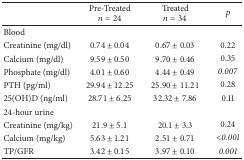
|  | Pre-Treated n = 24 | Treated n = 34 | p |
 | --- | --- | --- | --- |
 | Blood |  |  |  |
 | Creatinine (mg/dl) | 0.74 ± 0.04 | 0.67 ± 0.03 | 0.22 |
 | Calcium (mg/dl) | 9.59 ± 0.50 | 9.70 ± 0.46 | 0.35 |
 | Phosphate (mg/dl) | 4.01 ± 0.60 | 4.44 ± 0.49 | 0.007 |
 | PTH (pg/ml) | 29.94 ± 12.25 | 25.90 ± 11.21 | 0.28 |
 | 25(OH)D (ng/ml) | 28.71 ± 6.25 | 32.32 ± 7.86 | 0.11 |
 | 24-hour urine |  |  |  |
 | Creatinine (mg/kg) | 21.9 ± 5.1 | 20.1 ± 3.3 | 0.24 |
 | Calcium (mg/kg) | 5.63 ± 1.21 | 2.51 ± 0.71 | <0.001 |
 | TP/GFR | 3.42 ± 0.15 | 3.97 ± 0.10 | 0.001 |